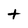
Character: t